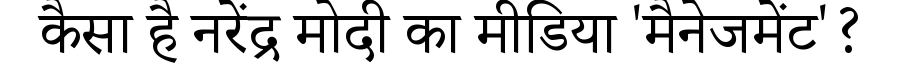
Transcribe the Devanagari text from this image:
कैसा है नरेंद्र मोदी का मीडिया 'मैनेजमेंट'?